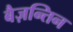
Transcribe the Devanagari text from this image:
बैज़न्तिन